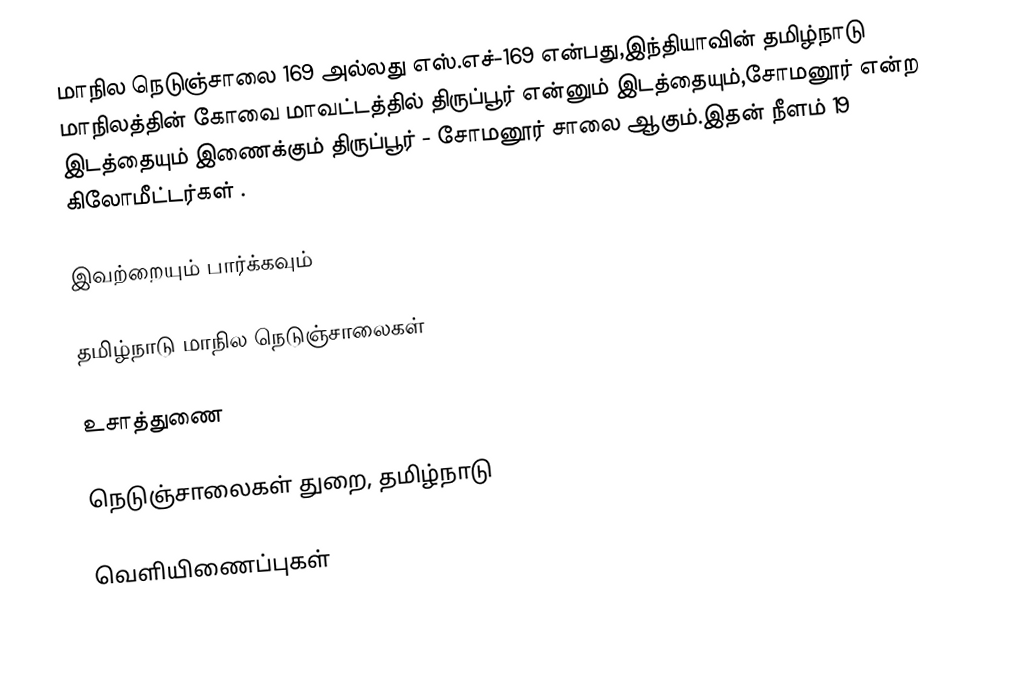
மாநில நெடுஞ்சாலை 169 அல்லது எஸ்.எச்-169  என்பது,இந்தியாவின் தமிழ்நாடு மாநிலத்தின்  கோவை மாவட்டத்தில்  திருப்பூர்  என்னும் இடத்தையும்,சோமனூர்  என்ற இடத்தையும் இணைக்கும் திருப்பூர் - சோமனூர் சாலை ஆகும்.இதன் நீளம் 19  கிலோமீட்டர்கள் .

இவற்றையும் பார்க்கவும்

 தமிழ்நாடு மாநில நெடுஞ்சாலைகள்

உசாத்துணை

 நெடுஞ்சாலைகள் துறை, தமிழ்நாடு

வெளியிணைப்புகள்